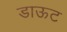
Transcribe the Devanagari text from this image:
डाऊट